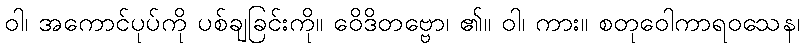
ဝါ၊ အကောင်ပုပ်ကို ပစ်ချခြင်းကို။ ဝေိဒိတဗ္ဗော၊ ၏။ ဝါ၊ ကား။ စတုဝေါကာရဝသေန၊